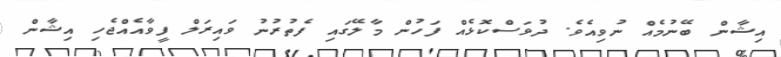
އިޝާން ބޭނުމެއް ނުވިއެވެ. ދުވަސްކޮޅެއް ފަހުން މާލޭގައި ފެތުރުނު ވައިރަލް ފީވާއެއްޖެހި އިޝާން